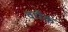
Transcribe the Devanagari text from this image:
वर्धेक